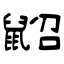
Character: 鼦